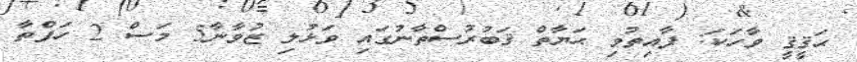
ޙަޤީޤީ ވާހަކަ: ފާއިތުވި ޙަޔާތް ޤަބުރުސްތާނުގައި ވަޅުލި ޒުވާނާ5 މަސް 2 ހަފްތާ